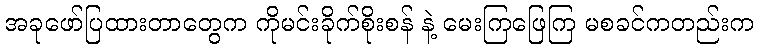
အခုဖော်ပြထားတာတွေက ကိုမင်းခိုက်စိုးစန် နဲ့ မေးကြဖြေကြ မစခင်ကတည်းက